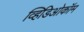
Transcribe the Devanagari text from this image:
व्हिडिओकॉम